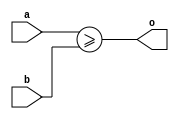
module basic_compare_ge(input [1:0] a, input[1:0] b, output o);
	assign o = a >= b;
endmodule